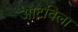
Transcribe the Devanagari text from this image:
आटविला